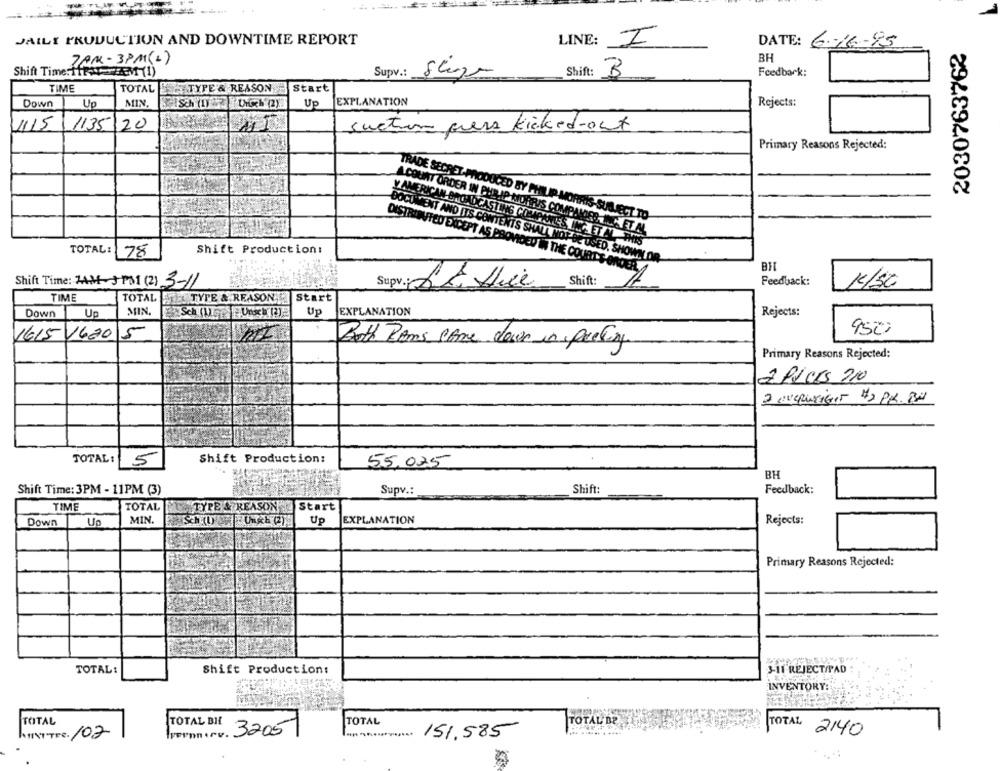
JAILI PRODUCTION AND DOWNTIME REPORT
LINE:
I
DATE: 6-16-85
2030763762
7AM - 3PM (2)
BH
Shift Time:1RAM(1)
Supv .: Stgo
Shift:
3
Feedback:
TIME
TOTAL
TYPE & REASON
Start
Down
Up
MIN.
Up
EXPLANATION
Rejects:
1115
1135
20
suction piers kicked-out
Primary Reasons Rejected:
TRADE SECRET-PRODUCED BY PHILIP MORRIS-SUBJECT TO
A COUNT ORDER IN PHILIP MORRIS COMPANIES INC. ET AL
V AMERICAN BROADCASTING COMPANIES INGETAL THIS
TOTAL:
78
Shift Production:
DOCUMENT AND ITS CONTENTS SHALL NOT BE USED, SHOWN OR
DISTRIBUTED EXCEPT AS PROVIDED IN THE COURTS-ORDER
BH
Shift Time: 14MP31 (2) 3-11
Supv. LA Hire
Shift :
Feedback:
K/SC
TIME
TOTAL
TYPE & REASON
Start
Down
Up
MIN.
Up
EXPLANATION
Rejects:
950
1615
1620
5
Both Rams came down in Preting
Primary Reasons Rejected:
2 Picks 210
2 EVERINSIGHT 42 PM. BU
TOTAL:
5
Shift Production:
55,025
BH
Shift Time: 3PM - 11PM (3)
Supv .:
Shift:
Feedback:
TIME
TOTAL
TYPE A REASON
Start
Down
Up
MIN.
Up
EXPLANATION
Rejects:
Primary Reasons Rejected:
TOTAL:
Shift Production:
3-11 REJECTIPAD
INVENTORY:
TOTAL
TOTAL BIL
TOTAL
TOTAL BP
32057
151.585
***....... .....
TOTAL 2140
MINTTER. /02